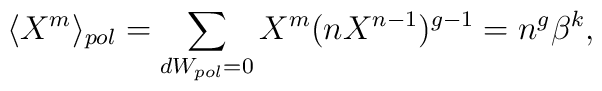
\langle X^m \rangle_{pol} = \sum_{dW_{pol}=0} X^m (n X^{n-1})^{g-1}=n^g \beta^{k},